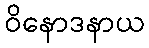
ဝိနောဒနာယ